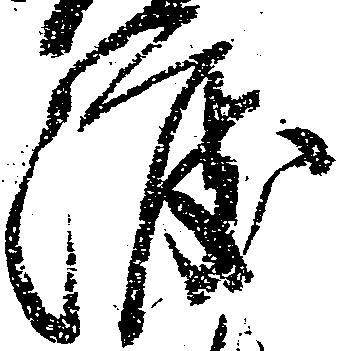
渡